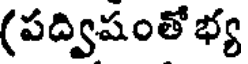
(పద్విషంతోభ్య